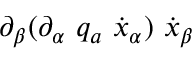
\partial _ { \beta } ( \partial _ { \alpha } \ q _ { a } \ \dot { x } _ { \alpha } ) \ \dot { x } _ { \beta }